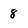
Character: 8